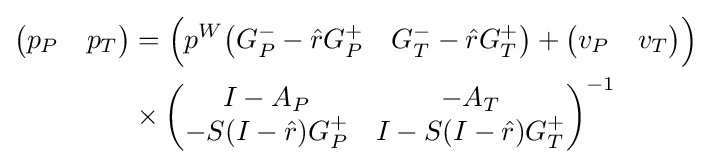
{\begin{aligned}{\begin{pmatrix}p_{P}&p_{T}\end{pmatrix}}&={\Bigl (}p^{W}{\begin{pmatrix}G_{P}^{-}-{\hat {r}}G_{P}^{+}&G_{T}^{-}-{\hat {r}}G_{T}^{+}\end{pmatrix}}+{\begin{pmatrix}v_{P}&v_{T}\end{pmatrix}}{\Bigr )}\\&\times {\begin{pmatrix}I-A_{P}&-A_{T}\\-S(I-{\hat {r}})G_{P}^{+}&I-S(I-{\hat {r}})G_{T}^{+}\end{pmatrix}}^{-1}\end{aligned}}